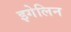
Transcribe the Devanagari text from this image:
इगेलिन